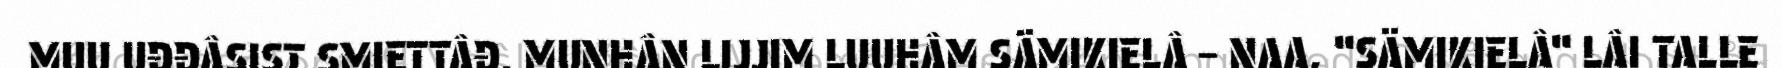
MUU UĐĐÂSIST SMIETTÂĐ. MUNHÂN LIJJIM LUUHÂM SÄMIKIELÂ – NAA, “SÄMIKIELÂ“ LÂI TALLE